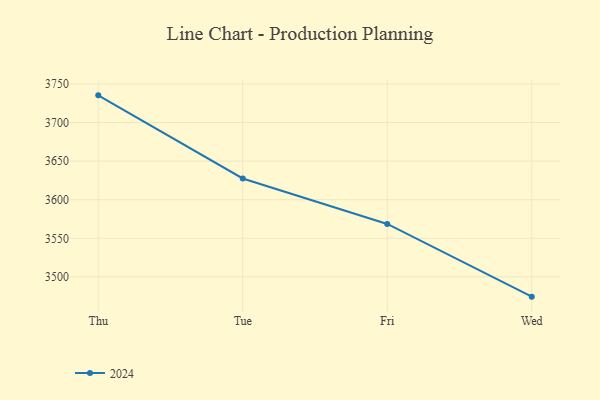
{"axis": {"x": "Day", "y": "Temperature (°C)"}, "legend": ["2024"], "data": [{"x": "Thu", "y": 3735.2, "type": "2024"}, {"x": "Tue", "y": 3627.5, "type": "2024"}, {"x": "Fri", "y": 3568.6, "type": "2024"}, {"x": "Wed", "y": 3474.4, "type": "2024"}]}